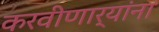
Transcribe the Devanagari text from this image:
करवीणार्यांना